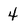
Character: 4